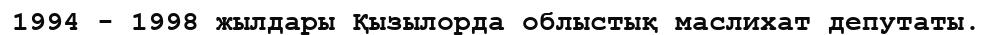
1994 - 1998 жылдары Қызылорда облыстық маслихат депутаты.